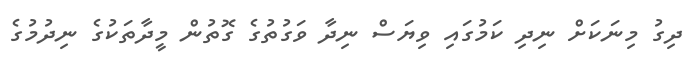
ދިގު މިނަކަށް ނިދި ކަމުގައި ވިޔަސް ނިދާ ވަގުތުގެ ގޮތުން މީދާތަކުގެ ނިދުމުގެ